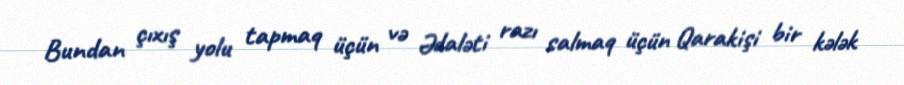
Bundan çıxış yolu tapmaq üçün və Ədaləti razı salmaq üçün Qarakişi bir kələk